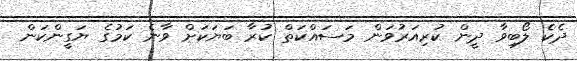
ދެކެ ލޯބިވާ ދީން ކުރިއަރުވަން މަސައްކަތް ކުރާ ބަޔަކަށް ވާނެ ކަމުގެ ޔަގީންކަން